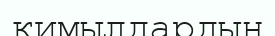
қимылдардың